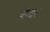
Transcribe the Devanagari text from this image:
केदर